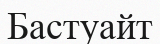
Бастуайт